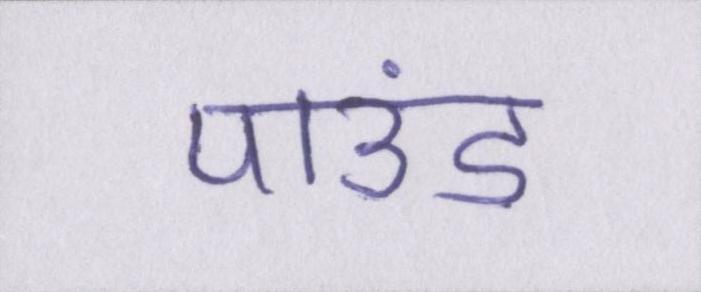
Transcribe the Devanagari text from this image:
पाउंड